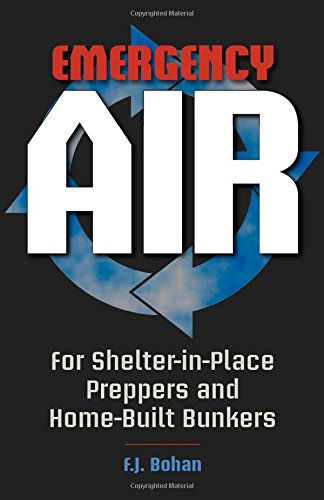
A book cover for Emergency Air: for Shelter-in-Place Preppers and Home-Built Bunkers; F.J. Bohan; Crafts, Hobbies & Home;